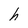
Character: h